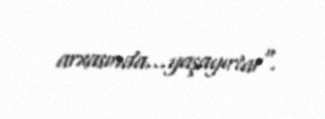
arxasında…yaşayırlar".